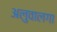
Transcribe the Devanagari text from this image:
अलुवालगा